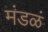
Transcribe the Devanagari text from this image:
मंडळं